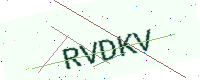
Text: RVDKV